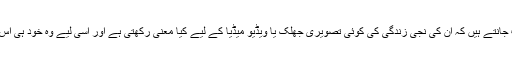
یہ آرٹسٹ بھی خوب جانتے ہیں کہ ان کی نجی زندگی کی کوئی تصویری جھلک یا ویڈیو میڈیا کے لیے کیا معنی رکھتی ہے اور اسی لیے وہ خود ہی اس کا فائدہ اٹھاتے ہیں۔